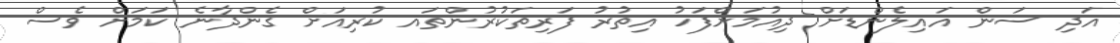
އަދި ސަން އައިލެންޑަށް ދިއުމަށްފަހު އިތުރު ފަރިތަކުރުންތައ ކުރިއަށް ގެންދާނެ ކަމަށް ވެސް